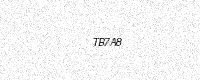
Text: TB7A8